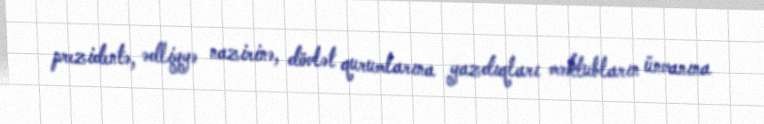
prezidentə, ədliyyə nazirinə, dövlət qurumlarına yazdıqları məktubların ünvanına